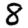
Digit: 8